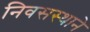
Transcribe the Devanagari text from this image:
निवसस्थाने